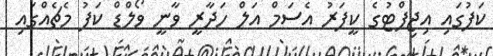
ކަޕުގައި އިޖިޕްޓުގެ ކީޕަރު އެސަމް އަލް ހަދާރީ ވާނީ ވޯލްޑް ކަޕު މެޗެއްގައި